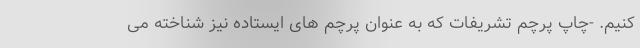
کنیم. -چاپ پرچم تشریفات که به عنوان پرچم های ایستاده نیز شناخته می